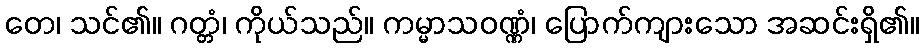
တေ၊ သင်၏။ ဂတ္တံ၊ ကိုယ်သည်။ ကမ္မာသဝဏ္ဏံ၊ ပြောက်ကျားသော အဆင်းရှိ၏။